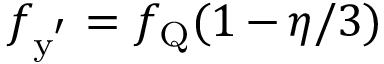
f _ { \mathrm { y ^ { ' } } } = f _ { \mathrm { Q } } ( 1 \, { - } \, \eta / 3 )